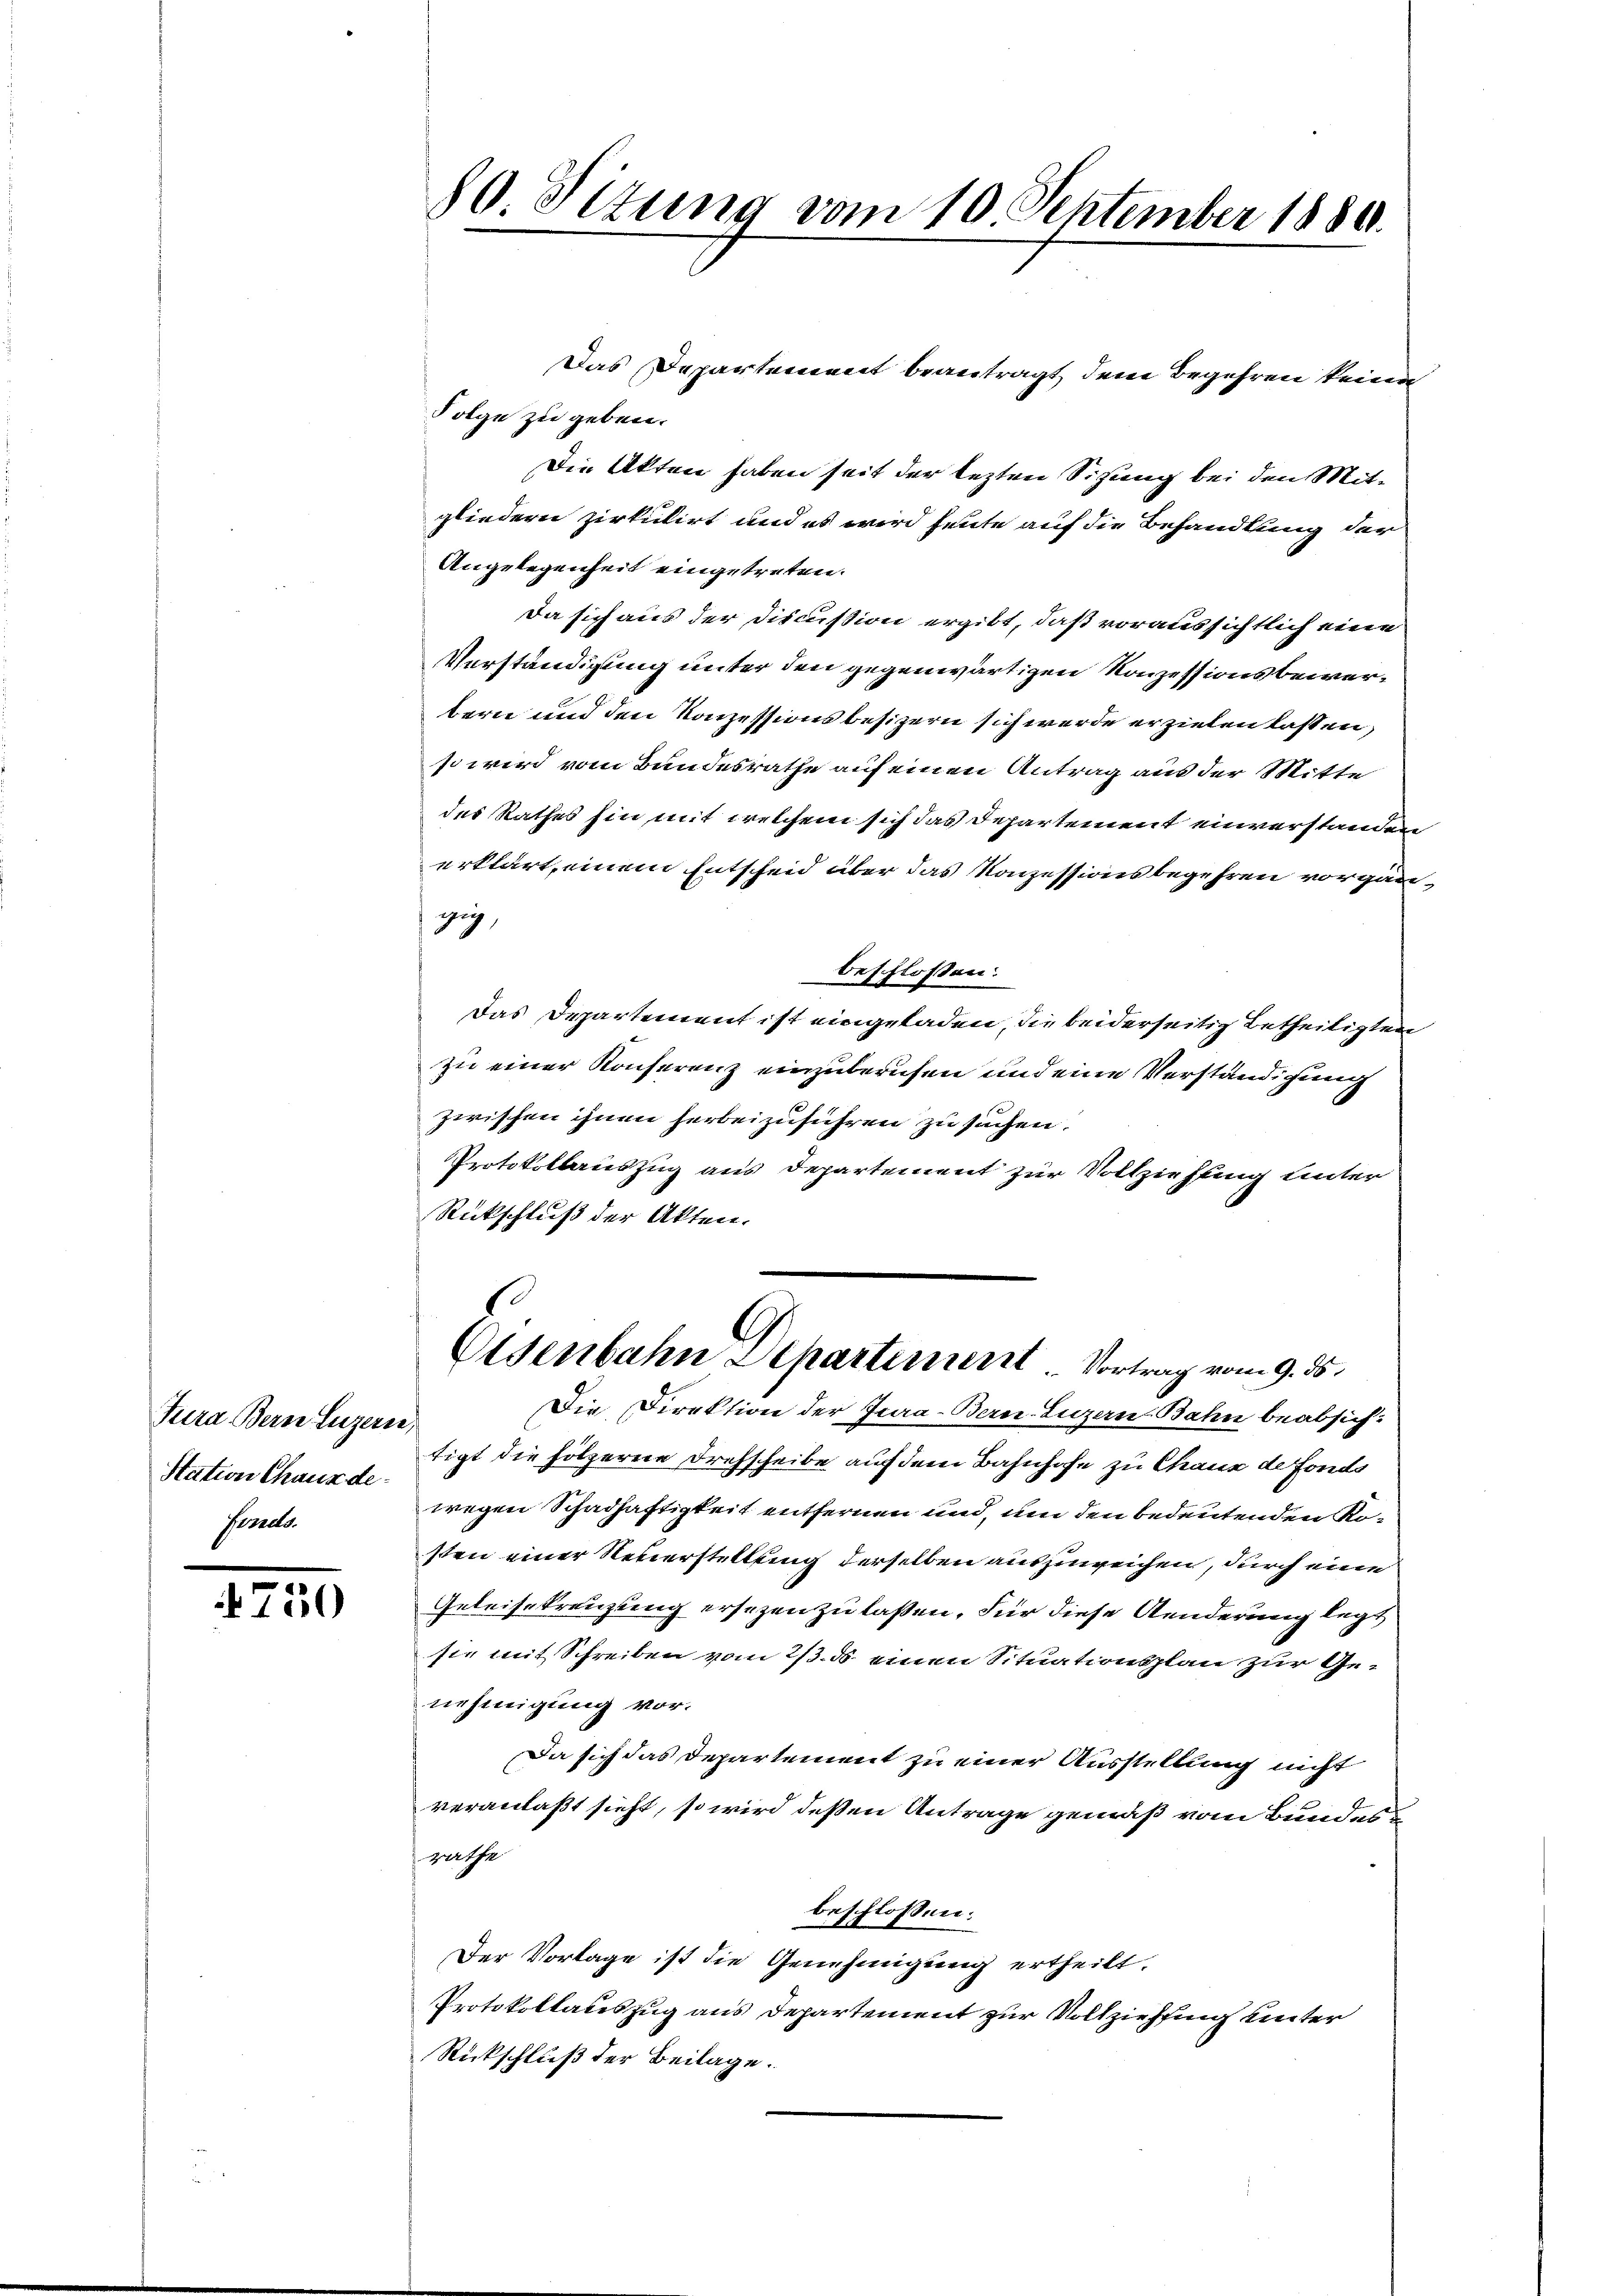
Fura Bern Luzern,
Station Chaux de
Fonds.

4750

Das Departement beantragt dem Begehren keine
Folge zu geben.
Die Akten haben seit der lezten Sitzung bei den Mitgliedern zirkulirt und es wird heute auf die Behandlung der
Angelegenheit eingetreten.
Da sich aus der Discussion ergibt, daß voraussichtlich eine
Verständigung unter den gegenwärtigen Konzessionsbewerbern und den Konzessionsbesizern sich werde erzielen lassen,
so wird vom Bundesrathe auf einen Antrag aus der Mitte
des Rathes hin mit welchem sich das Departement einverstanden
erklärt, einem Entscheid über das Konzessionsbegehren vorgan
gig,
beschlossen:
Das Departement ist eingeladen, die beiderseitig betheiligten
zu einer Konferenz einzuberufen und eine Verständigung
zwischen ihnen herbeizuführen zu suchen.
Protokollauszug aus Departement zur Vollziehung unter
Rückschluß der Akten.
.
Eisenbahn Departement. Vortrag vom 9. ds.
Die Direktion der Jura-Bern-Luzern Bahn beabsich:
tigt die hölzerne Drehscheibe auf dem Bahnhofe zu Chaux de Fonds
wegen Schadhaftigkeit entfernen und, um den bedeutenden Kosten einer Neuerstellung derselben auszuweichen, durch eine
Geleisekreuzung ersezen zu laßen. Für diese Aenderung legt
sie mit Schreiben vom 2/3. ds. einen Situationsplan zur Genehmigung vor.
Da sich das Departement zu einer Ausstellung nicht
veranlaßt sieht, so wird deßen Antrage gemäß vom Bundes
rathe
beschlossen:
Der Vorlage ist die Genehmigung ertheilt.
Protokollateszug aus Departement zur Vollziehung unter
Rückschluß der Beilage.

80 Titung vom 10 September 1880.